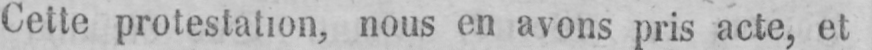
Cette protestation, nous en avons pris acte, et